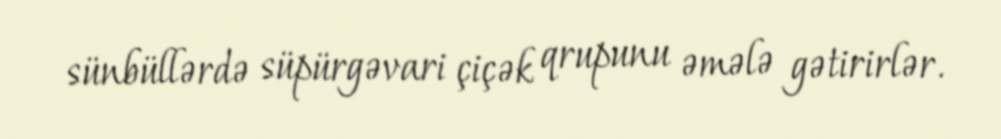
sünbüllərdə süpürgəvari çiçək qrupunu əmələ gətirirlər.